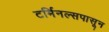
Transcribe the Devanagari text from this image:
टर्मिनल्सपासून